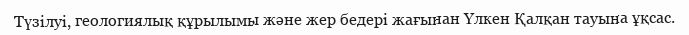
Түзілуі, геологиялық құрылымы және жер бедері жағынан Үлкен Қалқан тауына ұқсас.